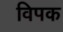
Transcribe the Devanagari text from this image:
विपक